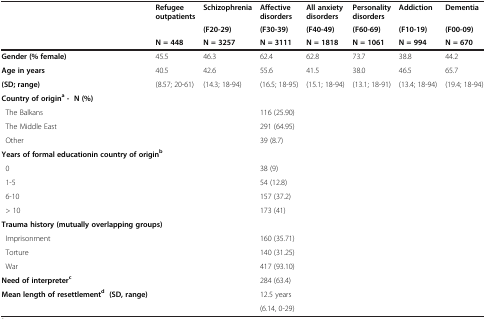
<table><thead><tr><td></td><td><b>Refugee outpatients</b></td><td><b>Schizophrenia</b></td><td><b>Affective disorders</b></td><td><b>All anxiety disorders</b></td><td><b>Personality disorders</b></td><td><b>Addiction</b></td><td><b>Dementia</b></td></tr><tr><td></td><td></td><td><b>(F20-29)</b></td><td><b>(F30-39)</b></td><td><b>(F40-49)</b></td><td><b>(F60-69)</b></td><td><b>(F10-19)</b></td><td><b>(F00-09)</b></td></tr><tr><td></td><td><b>N = 448</b></td><td><b>N = 3257</b></td><td><b>N = 3111</b></td><td><b>N = 1818</b></td><td><b>N = 1061</b></td><td><b>N = 994</b></td><td><b>N = 670</b></td></tr></thead><tbody><tr><td><b>Gender (% female)</b></td><td>45.5</td><td>46.3</td><td>62.4</td><td>62.8</td><td>73.7</td><td>38.8</td><td>44.2</td></tr><tr><td><b>Age in years</b></td><td>40.5</td><td>42.6</td><td>55.6</td><td>41.5</td><td>38.0</td><td>46.5</td><td>65.7</td></tr><tr><td><b>(SD; range)</b></td><td>(8.57; 20-61)</td><td>(14.3; 18-94)</td><td>(16.5; 18-95)</td><td>(15.1; 18-94)</td><td>(13.1; 18-91)</td><td>(13.4; 18-94)</td><td>(19.4; 18-94)</td></tr><tr><td colspan="8"><b>Country of origin</b><sup><b>a</b></sup><b>- N (%)</b></td></tr><tr><td> The Balkans</td><td></td><td></td><td>116 (25.90)</td><td></td><td></td><td></td><td></td></tr><tr><td> The Middle East</td><td></td><td></td><td>291 (64.95)</td><td></td><td></td><td></td><td></td></tr><tr><td> Other</td><td></td><td></td><td>39 (8.7)</td><td></td><td></td><td></td><td></td></tr><tr><td colspan="8"><b>Years of formal educationin country of origin</b><sup><b>b</b></sup></td></tr><tr><td> 0</td><td></td><td></td><td>38 (9)</td><td></td><td></td><td></td><td></td></tr><tr><td> 1-5</td><td></td><td></td><td>54 (12.8)</td><td></td><td></td><td></td><td></td></tr><tr><td> 6-10</td><td></td><td></td><td>157 (37.2)</td><td></td><td></td><td></td><td></td></tr><tr><td> &gt; 10</td><td></td><td></td><td>173 (41)</td><td></td><td></td><td></td><td></td></tr><tr><td colspan="8"><b>Trauma history (mutually overlapping groups)</b></td></tr><tr><td> Imprisonment</td><td></td><td></td><td>160 (35.71)</td><td></td><td></td><td></td><td></td></tr><tr><td> Torture</td><td></td><td></td><td>140 (31.25)</td><td></td><td></td><td></td><td></td></tr><tr><td> War</td><td></td><td></td><td>417 (93.10)</td><td></td><td></td><td></td><td></td></tr><tr><td><b>Need of interpreter</b><sup><b>c</b></sup></td><td></td><td></td><td>284 (63.4)</td><td></td><td></td><td></td><td></td></tr><tr><td rowspan="2"><b>Mean length of resettlement</b><sup><b>d</b></sup><b>(SD, range)</b></td><td rowspan="2"></td><td rowspan="2"></td><td>12.5 years</td><td rowspan="2"></td><td rowspan="2"></td><td rowspan="2"></td><td rowspan="2"></td></tr><tr><td>(6.14, 0-29)</td></tr></tbody></table>